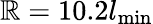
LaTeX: \mathbb{R}=10.2l_{\mathrm{{min}}}